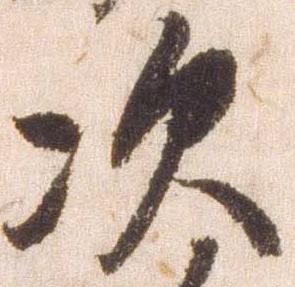
次